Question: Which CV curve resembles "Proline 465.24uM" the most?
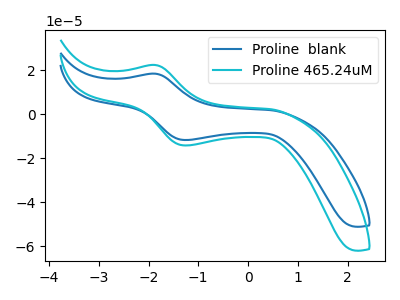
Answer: <think>The blue curve "Proline  blank" has an anodic peak at (-1.85V, 18.55uA) and a cathodic peak at (-1.25V, -11.65uA). The cyan curve "Proline 465.24uM" has an anodic peak at (-1.85V, 22.50uA) and a cathodic peak at (-1.25V, -14.10uA).
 All the peaks in "Proline  blank" have a peak in "Proline 465.24uM" at the same potential. Every peak in "Proline  blank" is lower than every peak in "Proline 465.24uM".</think>
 <answer>The CV with the most similar shape to "Proline  blank" is "Proline 465.24uM".</answer>
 <eval>"Proline 465.24uM"</eval>